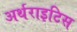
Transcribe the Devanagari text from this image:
अर्थराइटिस